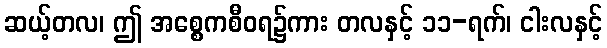
ဆယ့်တလ၊ ဤ အစ္စေကစီဝရ၌ကား တလနှင့် ၁၁-ရက်၊ ငါးလနှင့်